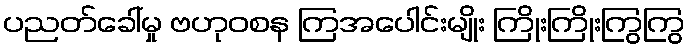
ပညတ်ခေါ်မှု ဗဟုဝစန ကြအပေါင်းမျိုး ကြိုးကြိုးကြွကြွ